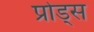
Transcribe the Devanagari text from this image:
प्रोड्स